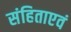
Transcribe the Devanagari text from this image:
संहिताएवं